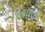
વિચારાઇ